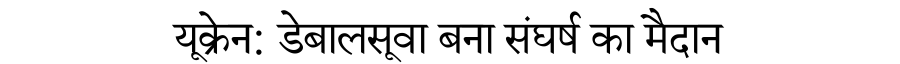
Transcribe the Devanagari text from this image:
यूक्रेन: डेबालसूवा बना संघर्ष का मैदान